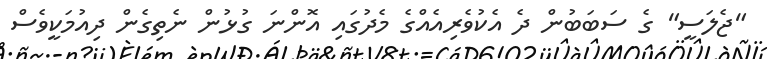
"ޖެލަސީ" ގެ ސަބަބުން ދެ އެކުވެރިއެއްގެ މެދުގައި އޮންނަ ގުޅުން ނެތިގެން ދިއުމަކީވެސް